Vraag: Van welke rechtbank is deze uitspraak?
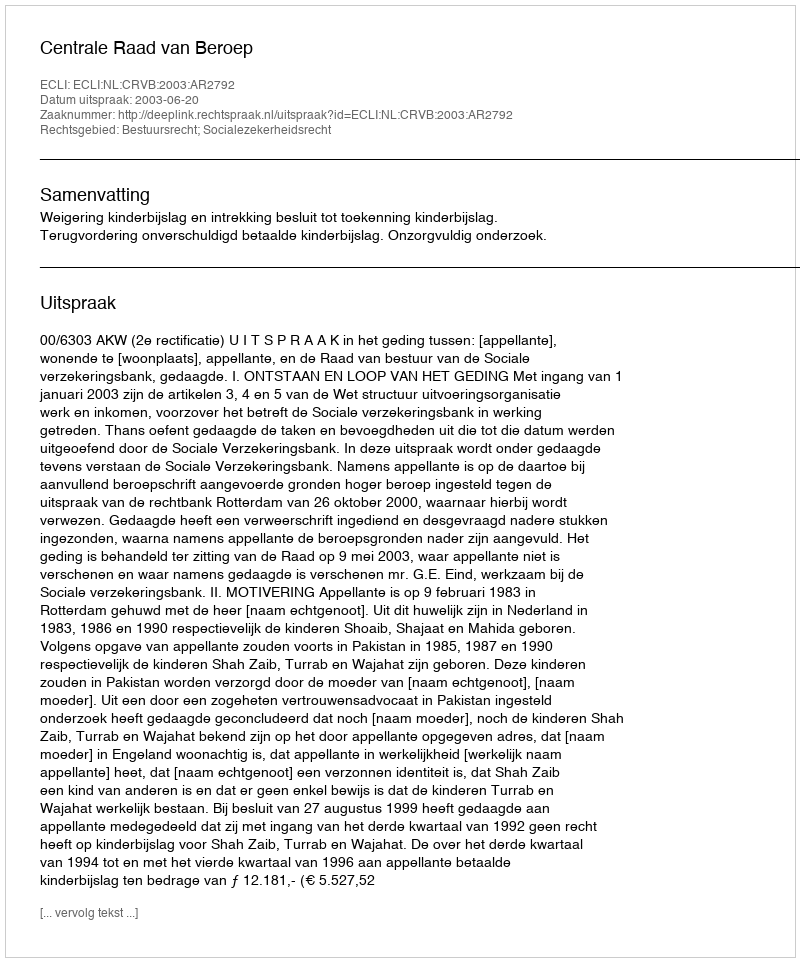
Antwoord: Centrale Raad van Beroep